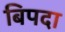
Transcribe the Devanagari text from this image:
बिपदा